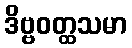
ဒိဗ္ဗဝတ္ထသမာ